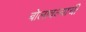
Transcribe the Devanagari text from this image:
बोलावल्याची